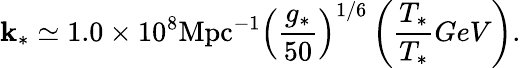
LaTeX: \mathbf{k}_{*}\simeq1.0\times10^{8}\mathrm{{Mpc}}^{-1}\left(\frac{{g_{*}}}{{50}}\right)^{1/6}\left(\frac{{T_{*}}}{{T_{*}}}{GeV}\right).